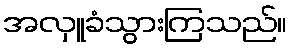
အလှူခံသွားကြသည်။